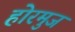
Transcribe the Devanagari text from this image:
होरमुज